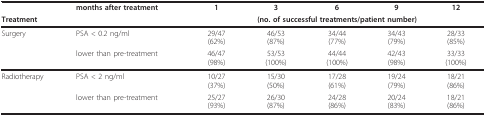
|  | months after treatment | 1 | 3 | 6 | 9 | 12 |
 | Treatment |  | <COLSPAN=5> (no. of successful treatments/patient number) |
 | --- | --- | --- | --- | --- | --- | --- |
 | Surgery | PSA < 0.2 ng/ml | 29/47(62%) | 46/53(87%) | 34/44(77%) | 34/43(79%) | 28/33(85%) |
 |  | lower than pre-treatment | 46/47(98%) | 53/53(100%) | 44/44(100%) | 42/43(98%) | 33/33(100%) |
 | Radiotherapy | PSA < 2 ng/ml | 10/27(37%) | 15/30(50%) | 17/28(61%) | 19/24(79%) | 18/21(86%) |
 |  | lower than pre-treatment | 25/27(93%) | 26/30(87%) | 24/28(86%) | 20/24(83%) | 18/21(86%) |